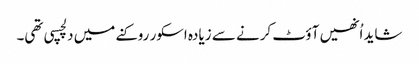
شاید اُنھیں آؤٹ کرنے سے زیادہ اسکور روکنے میں دلچسپی تھی۔